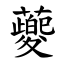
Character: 䕫